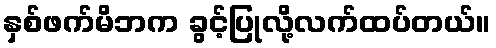
နှစ်ဖက်မိဘက ခွင့်ပြုလို့လက်ထပ်တယ်။